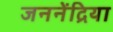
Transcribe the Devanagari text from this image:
जननेंद्रिया